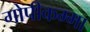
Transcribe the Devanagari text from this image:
गोपीकम्मा